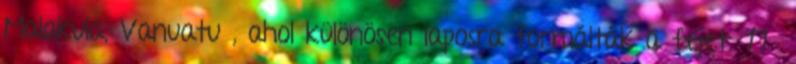
Malakula, Vanuatu , ahol különösen laposra formálták a fejet. 17